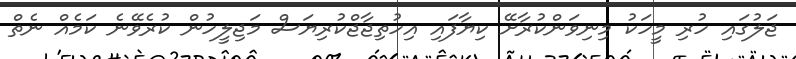
ޖަލުގައި ހުރި މީހަކު މިނިވަންކުރާށޭ ކިޔާފައި އިހުތިޖާޖްކުރިޔަސް މަޖިލީހުން ކުރެވޭނެ ކަމެއް ނެތް